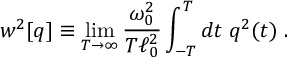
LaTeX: w ^ { 2 } [ q ] \equiv \operatorname * { l i m } _ { T \rightarrow \infty } { \frac { \omega _ { 0 } ^ { 2 } } { T \ell _ { 0 } ^ { 2 } } } \int _ { - T } ^ { T } d t \; q ^ { 2 } ( t ) \; .